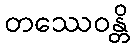
တဿေဝန္တိ